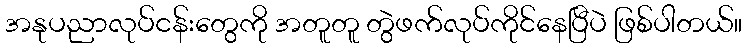
အနုပညာလုပ်ငန်းတွေကို အတူတူ တွဲဖက်လုပ်ကိုင်နေပြီပဲ ဖြစ်ပါတယ်။